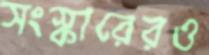
সংস্কারেরও